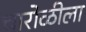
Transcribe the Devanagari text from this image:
चारोळीला